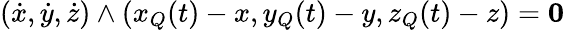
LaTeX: ({\dot{x}},{\dot{y}},{\dot{z}})\wedge(x_{Q}(t)-x,y_{Q}(t)-y,z_{Q}(t)-z)={\mathbf 0}